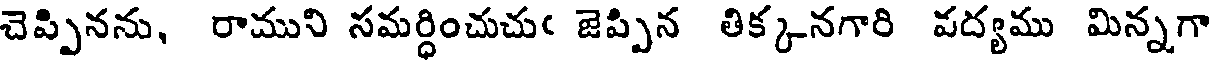
చెప్పినను, రాముని సమర్ధించుచుఁ జెప్పిన తిక్కనగారి పద్యము మిన్నగా